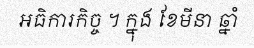
អធិការកិច្ច ។ ក្នុង ខែមីនា ឆ្នាំ